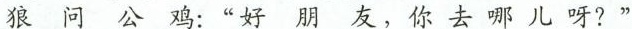
狼问公鸡：”好朋友，你去哪儿呀？”